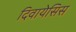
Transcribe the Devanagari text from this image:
दिवायेसिस